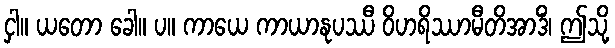
ငှါ။ ယတော ခေါ။ ပ။ ကာယေ ကာယာနုပဿီ ဝိဟရိဿာမီတိအာဒိံ၊ ဤသို့